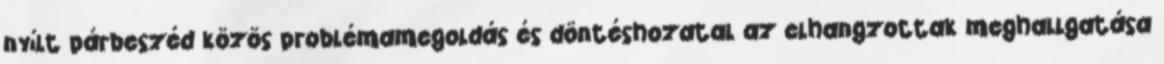
nyílt párbeszéd közös problémamegoldás és döntéshozatal az elhangzottak meghallgatása